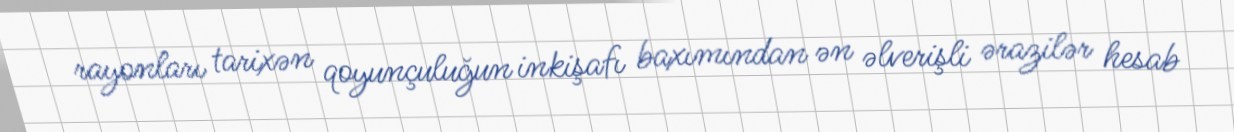
rayonları tarixən qoyunçuluğun inkişafı baxımından ən əlverişli ərazilər hesab